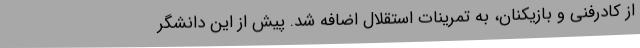
از کادرفنی و بازیکنان، به تمرینات استقلال اضافه شد. پیش از این دانشگر